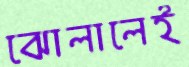
ঝোলালেই